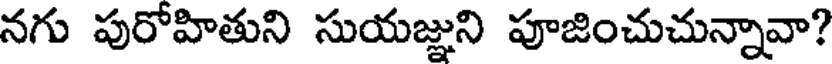
నగు పురోహితుని సుయజ్ఞుని పూజించుచున్నావా?